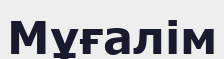
Мұғалім